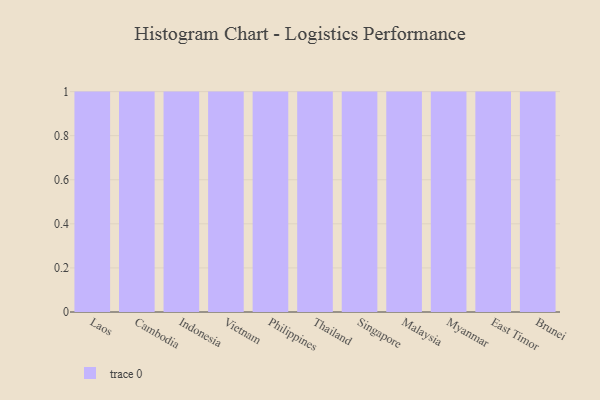
{"axis": {"x": "Country", "y": "Market Share (%)"}, "legend": [""], "data": [{"x": "Laos", "y": 97, "type": ""}, {"x": "Cambodia", "y": 60, "type": ""}, {"x": "Indonesia", "y": 90, "type": ""}, {"x": "Vietnam", "y": 69, "type": ""}, {"x": "Philippines", "y": 76, "type": ""}, {"x": "Thailand", "y": 42, "type": ""}, {"x": "Singapore", "y": 89, "type": ""}, {"x": "Malaysia", "y": 16, "type": ""}, {"x": "Myanmar", "y": 18, "type": ""}, {"x": "East Timor", "y": 70, "type": ""}, {"x": "Brunei", "y": 43, "type": ""}]}